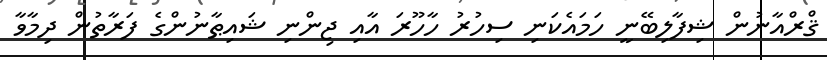
ޤްރްއާނުން ޝިފާލިބޭނީ ހަމައެކަނި ސިހުރު ހާހޫރަ އާއި ޖިންނި ޝައިޠާނުންގެ ފަރާތުން ދިމާވާ